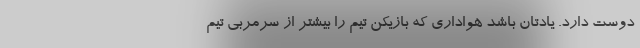
دوست دارد. یادتان باشد هواداری که بازیکن تیم را بیشتر از سرمربی تیم